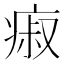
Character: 㾥